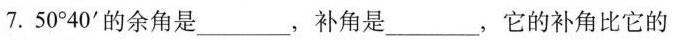
7.50°40'的余角是___，补角是___，它的补角比它的